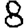
Digit: 8